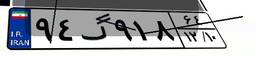
۹۴گ۹۱۸۶۴